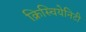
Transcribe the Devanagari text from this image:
क्रिस्चियेनिटी